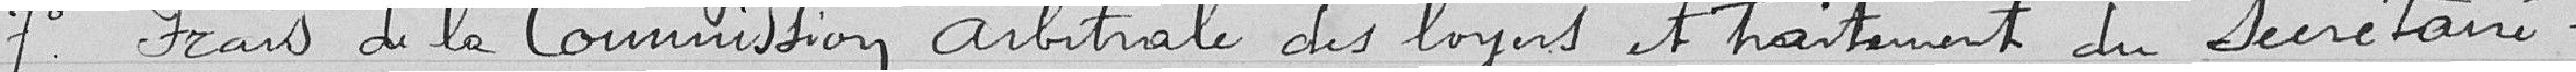
7° Frais de la Commission arbitrale des loyers et traitement du secrétaire.